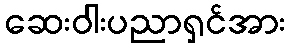
ဆေးဝါးပညာရှင်အား